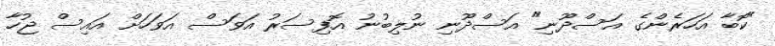
"ކޮބާ އަހަރެންގެ އަސްދޫނި" އަސްދޫނި ނުލިބުނު އޮފިސަރު އަވަސް އަވަހަށް އައިސް ޖުހާ